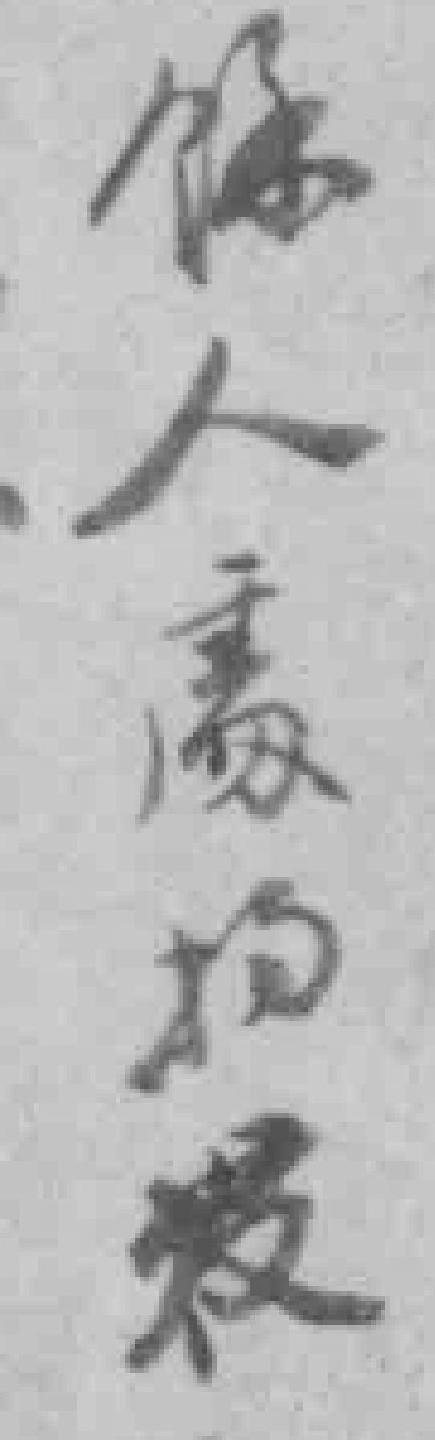
餘人處拘*